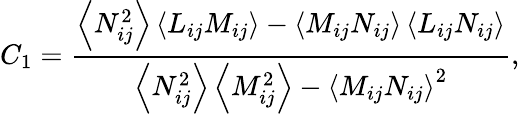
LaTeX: {C_{1}}=\frac{{\left\langle{N_{ij}^{2}}\right\rangle\left\langle{{L}_{ij}{M_{ij}}}\right\rangle-\left\langle{{M_{ij}}{N_{ij}}}\right\rangle\left\langle{{L}_{ij}{N_{ij}}}\right\rangle}}{{\left\langle{N_{ij}^{2}}\right\rangle\left\langle{M_{ij}^{2}}\right\rangle-{{\left\langle{{M_{ij}}{N_{ij}}}\right\rangle}^{2}}}},